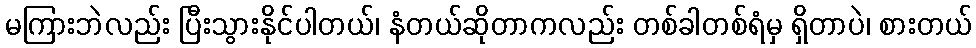
မကြားဘဲလည်း ပြီးသွားနိုင်ပါတယ်၊ နံတယ်ဆိုတာကလည်း တစ်ခါတစ်ရံမှ ရှိတာပဲ၊ စားတယ်